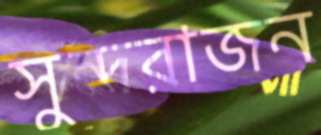
সুন্দরাজন